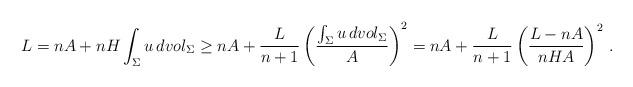
LaTeX: \begin{align*}L=nA+nH\int_{\Sigma}u\,dvol_{\Sigma}\geq nA+\frac{L}{n+1}\left( \frac{\int_{\Sigma}u\,dvol_{\Sigma}}{A} \right)^2= nA+\frac{L}{n+1}\left( \frac{L-nA}{nHA} \right)^2\,.\end{align*}